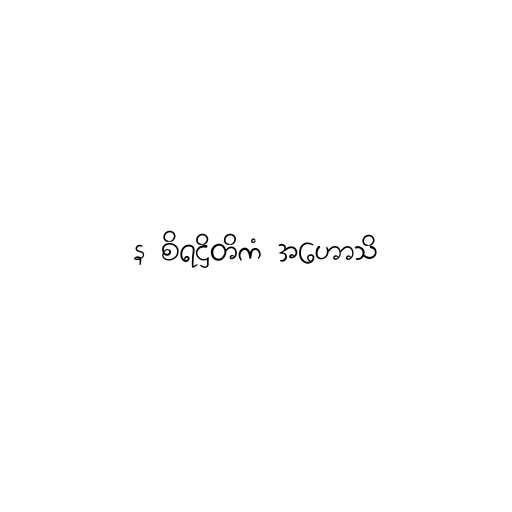
န စိရဋ္ဌိတိကံ အဟောသိ